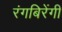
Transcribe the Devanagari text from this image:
रंगबिरेंगी